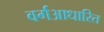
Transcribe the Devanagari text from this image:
वर्गआधारित